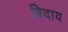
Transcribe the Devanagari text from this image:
बिदाय